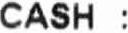
CASH :